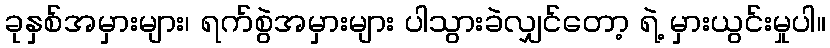
ခုနှစ်အမှားများ၊ ရက်စွဲအမှားများ ပါသွားခဲလျှင်တော့ ရဲ့ မှားယွင်းမှုပါ။